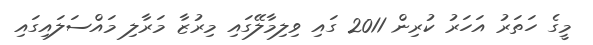
މީގެ ހަތަރު އަހަރު ކުރިން 2011 ގައި ވިލިމާލޭގައި މިރުޒާ މަރާލި މައްސަލައިގައި